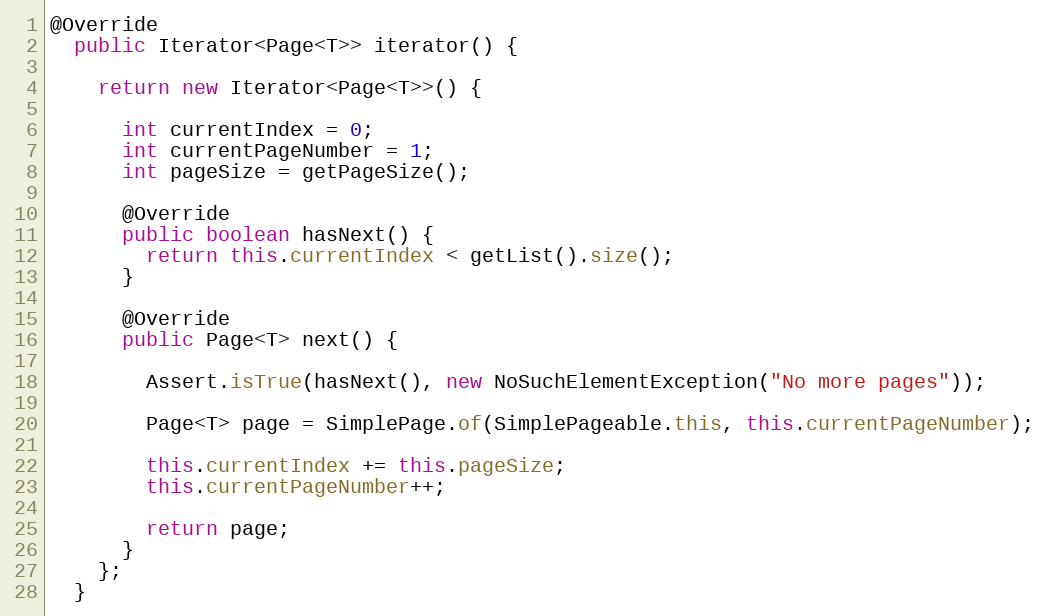
Language: Java
@Override
  public Iterator<Page<T>> iterator() {

    return new Iterator<Page<T>>() {

      int currentIndex = 0;
      int currentPageNumber = 1;
      int pageSize = getPageSize();

      @Override
      public boolean hasNext() {
        return this.currentIndex < getList().size();
      }

      @Override
      public Page<T> next() {

        Assert.isTrue(hasNext(), new NoSuchElementException("No more pages"));

        Page<T> page = SimplePage.of(SimplePageable.this, this.currentPageNumber);

        this.currentIndex += this.pageSize;
        this.currentPageNumber++;

        return page;
      }
    };
  }